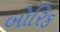
બોરિક